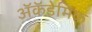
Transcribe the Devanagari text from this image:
ॲकॅडेमिक